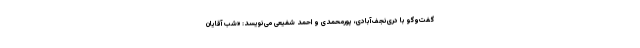
گفت‌وگو با دری‌نجف‌آبادی، پورمحمدى و احمد شفیعى می‌نویسد: «شب آقایان